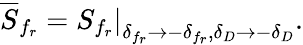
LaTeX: \overline{{{S}}}_{f_{r}}=\left.S_{f_{r}}\right|_{\delta_{f_{r}}\to-\delta_{f_{r}},\delta_{D}\to-\delta_{D}}.